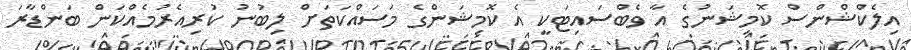
އިލެކްޝްންސް ކޮމިޝަނުގެ އާ ވެބްސައިޓަކީ އެ ކޮމިޝަންގެ މަސައްކަތަށް ލިބުނު ކުރިއެރުމެއްކަން ބަންޑާރަ